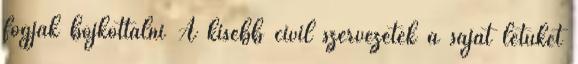
fogják bojkottálni A kisebb civil szervezetek a saját létüket